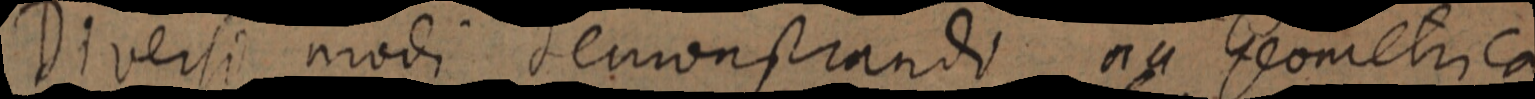
Diversi modi demonstrandi oia Geometrica